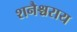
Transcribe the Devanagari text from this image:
शनैश्चराय